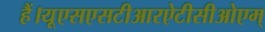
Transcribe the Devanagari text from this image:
हैं।यूएसएसटीआरऐटीसीओएम्